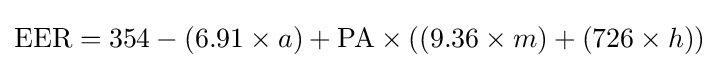
{\text{EER}}=354-(6.91\times a)+{\text{PA}}\times ((9.36\times m)+(726\times h))